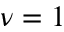
\nu = 1